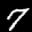
Label: 7